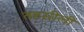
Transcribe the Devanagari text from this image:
तहसीली